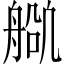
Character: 𬜕